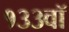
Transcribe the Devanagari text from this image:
१३३वॉ